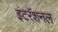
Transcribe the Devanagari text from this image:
इंटरॅशनल